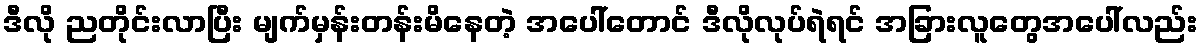
ဒီလို ညတိုင်းလာပြီး မျက်မှန်းတန်းမိနေတဲ့ အပေါ်တောင် ဒီလိုလုပ်ရဲရင် အခြားလူတွေအပေါ်လည်း